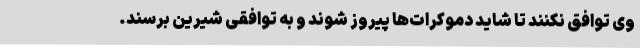
وی توافق نکنند تا شاید دموکرات‌ها پیروز شوند و به توافقی شیرین برسند.